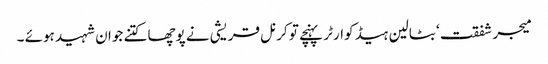
میجر شفقت ‘ بٹالین ہیڈ کوارٹر پہنچے تو کرنل قریشی نے پوچھا کتنے جوان شہید ہوئے ۔